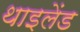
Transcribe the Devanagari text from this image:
थाइलेंड